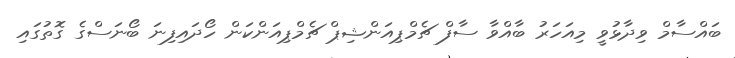
ބައްސާމް ވިދާޅުވީ މިއަހަރު ބާއްވާ ސާފް ޗެމްޕިއަންޝިޕް ޗެމްޕިއަންކަން ހޯދައިފިނަ ބޯނަސްގެ ގޮތުގައި